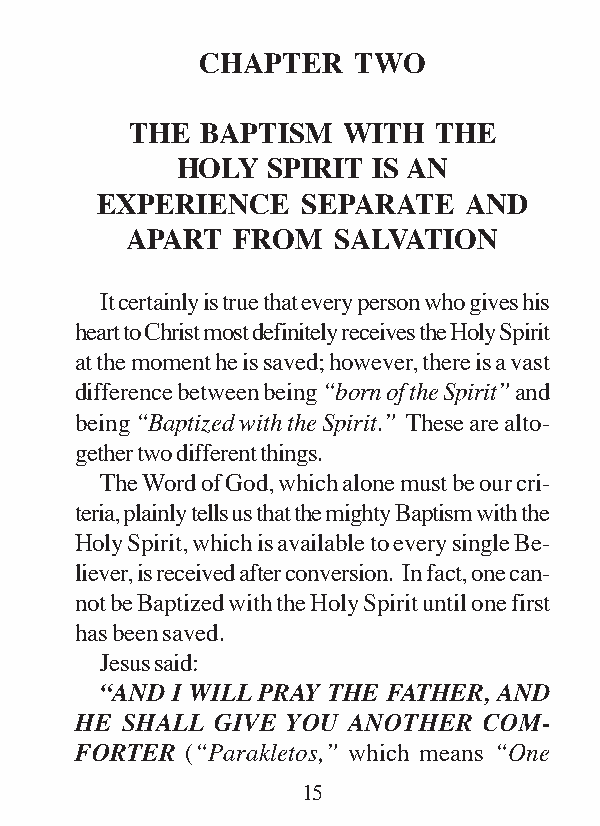
CHAPTER   TWO
 THE BAPTISM   WITH  THE
 HOLY  SPIRIT IS AN
 EXPERIENCE    SEPARATE   AND
 APART  FROM   SALVATION
 It certainly is true that every person who gives his
 heart to Christ most definitely receives the Holy Spirit
 at the moment he is saved; however, there is a vast
 difference between being “born of the Spirit” and
 being “Baptized with the Spirit.” These are alto-
 gether two different things.
 The Word of God, which alone must be our cri-
 teria, plainly tells us that the mighty Baptism with the
 Holy Spirit, which is available to every single Be-
 liever, is received after conversion. In fact, one can-
 not be Baptized with the Holy Spirit until one first
 has been saved.
 Jesus said:
 “AND I WILL PRAY THE FATHER, AND
 HE SHALL GIVE YOU ANOTHER  COM-
 FORTER (“Parakletos,” which means “One
 15